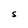
Character: S